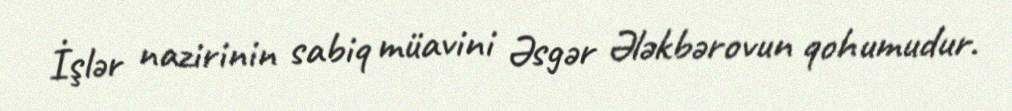
İşlər nazirinin sabiq müavini Əsgər Ələkbərovun qohumudur.